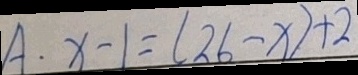
A \cdot x - 1 = ( 2 6 - x ) + 2